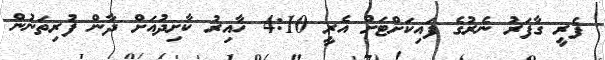
ފެރީ ގާފަރު ނެރުގެ ފައިކަށްޓަށް އެރީ 4:10 ހާއިރު ކާށިދުއަށް ދާން ފުރިތަނުން